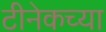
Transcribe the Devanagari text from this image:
टीनेकच्या